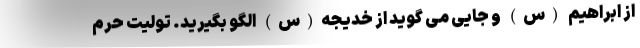
از ابراهیم (س) و جایی می گوید از خدیجه(س) الگو بگیرید. تولیت حرم